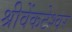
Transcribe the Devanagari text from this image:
श्रीवेंकटेश्वर